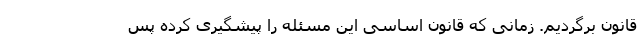
قانون برگردیم. زمانی که قانون اساسی این مسئله را پیشگیری کرده پس